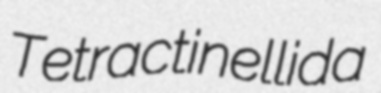
Tetractinellida